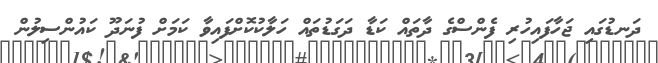
ދަނޑުގައި ޖަހާފައިހުރި ފެންސްގެ ދާތައް ކަޑާ ދަގަޑުތައް ހަލާކުކޮށްފައިވާ ކަމަށް ފުނަދޫ ކައުންސިލުން